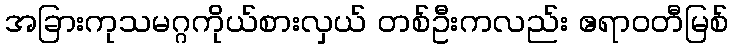
အခြားကုသမဂ္ဂကိုယ်စားလှယ် တစ်ဦးကလည်း ဧရာဝတီမြစ်